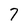
Character: 7